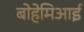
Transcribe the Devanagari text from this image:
बोहेमिआई